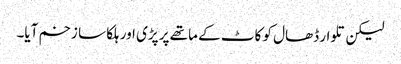
لیکن تلوار ڈھال کو کاٹ کے ماتھے پر پڑی اور ہلکا سا زخم آیا۔